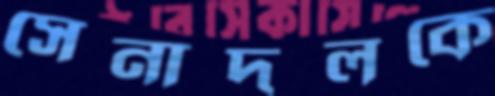
সেনাদলকে